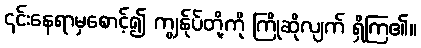
၎င်းနေရာမှစောင့်၍ ကျွန်ုပ်တို့ကို ကြိုဆိုလျက် ရှိကြ၏။